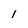
Character: 1